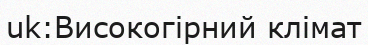
uk:Високогірний клімат